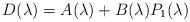
LaTeX: \begin{align*} D(\lambda)=A(\lambda)+B(\lambda)P_1(\lambda)\end{align*}